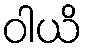
ဝါယိ